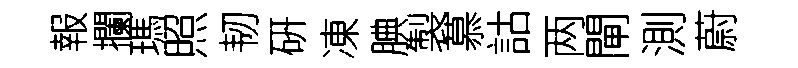
報攔瑪照韧硏凍腆製慕詁两閘測蔚